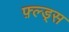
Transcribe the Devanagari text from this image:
फ़्ल्ड्स